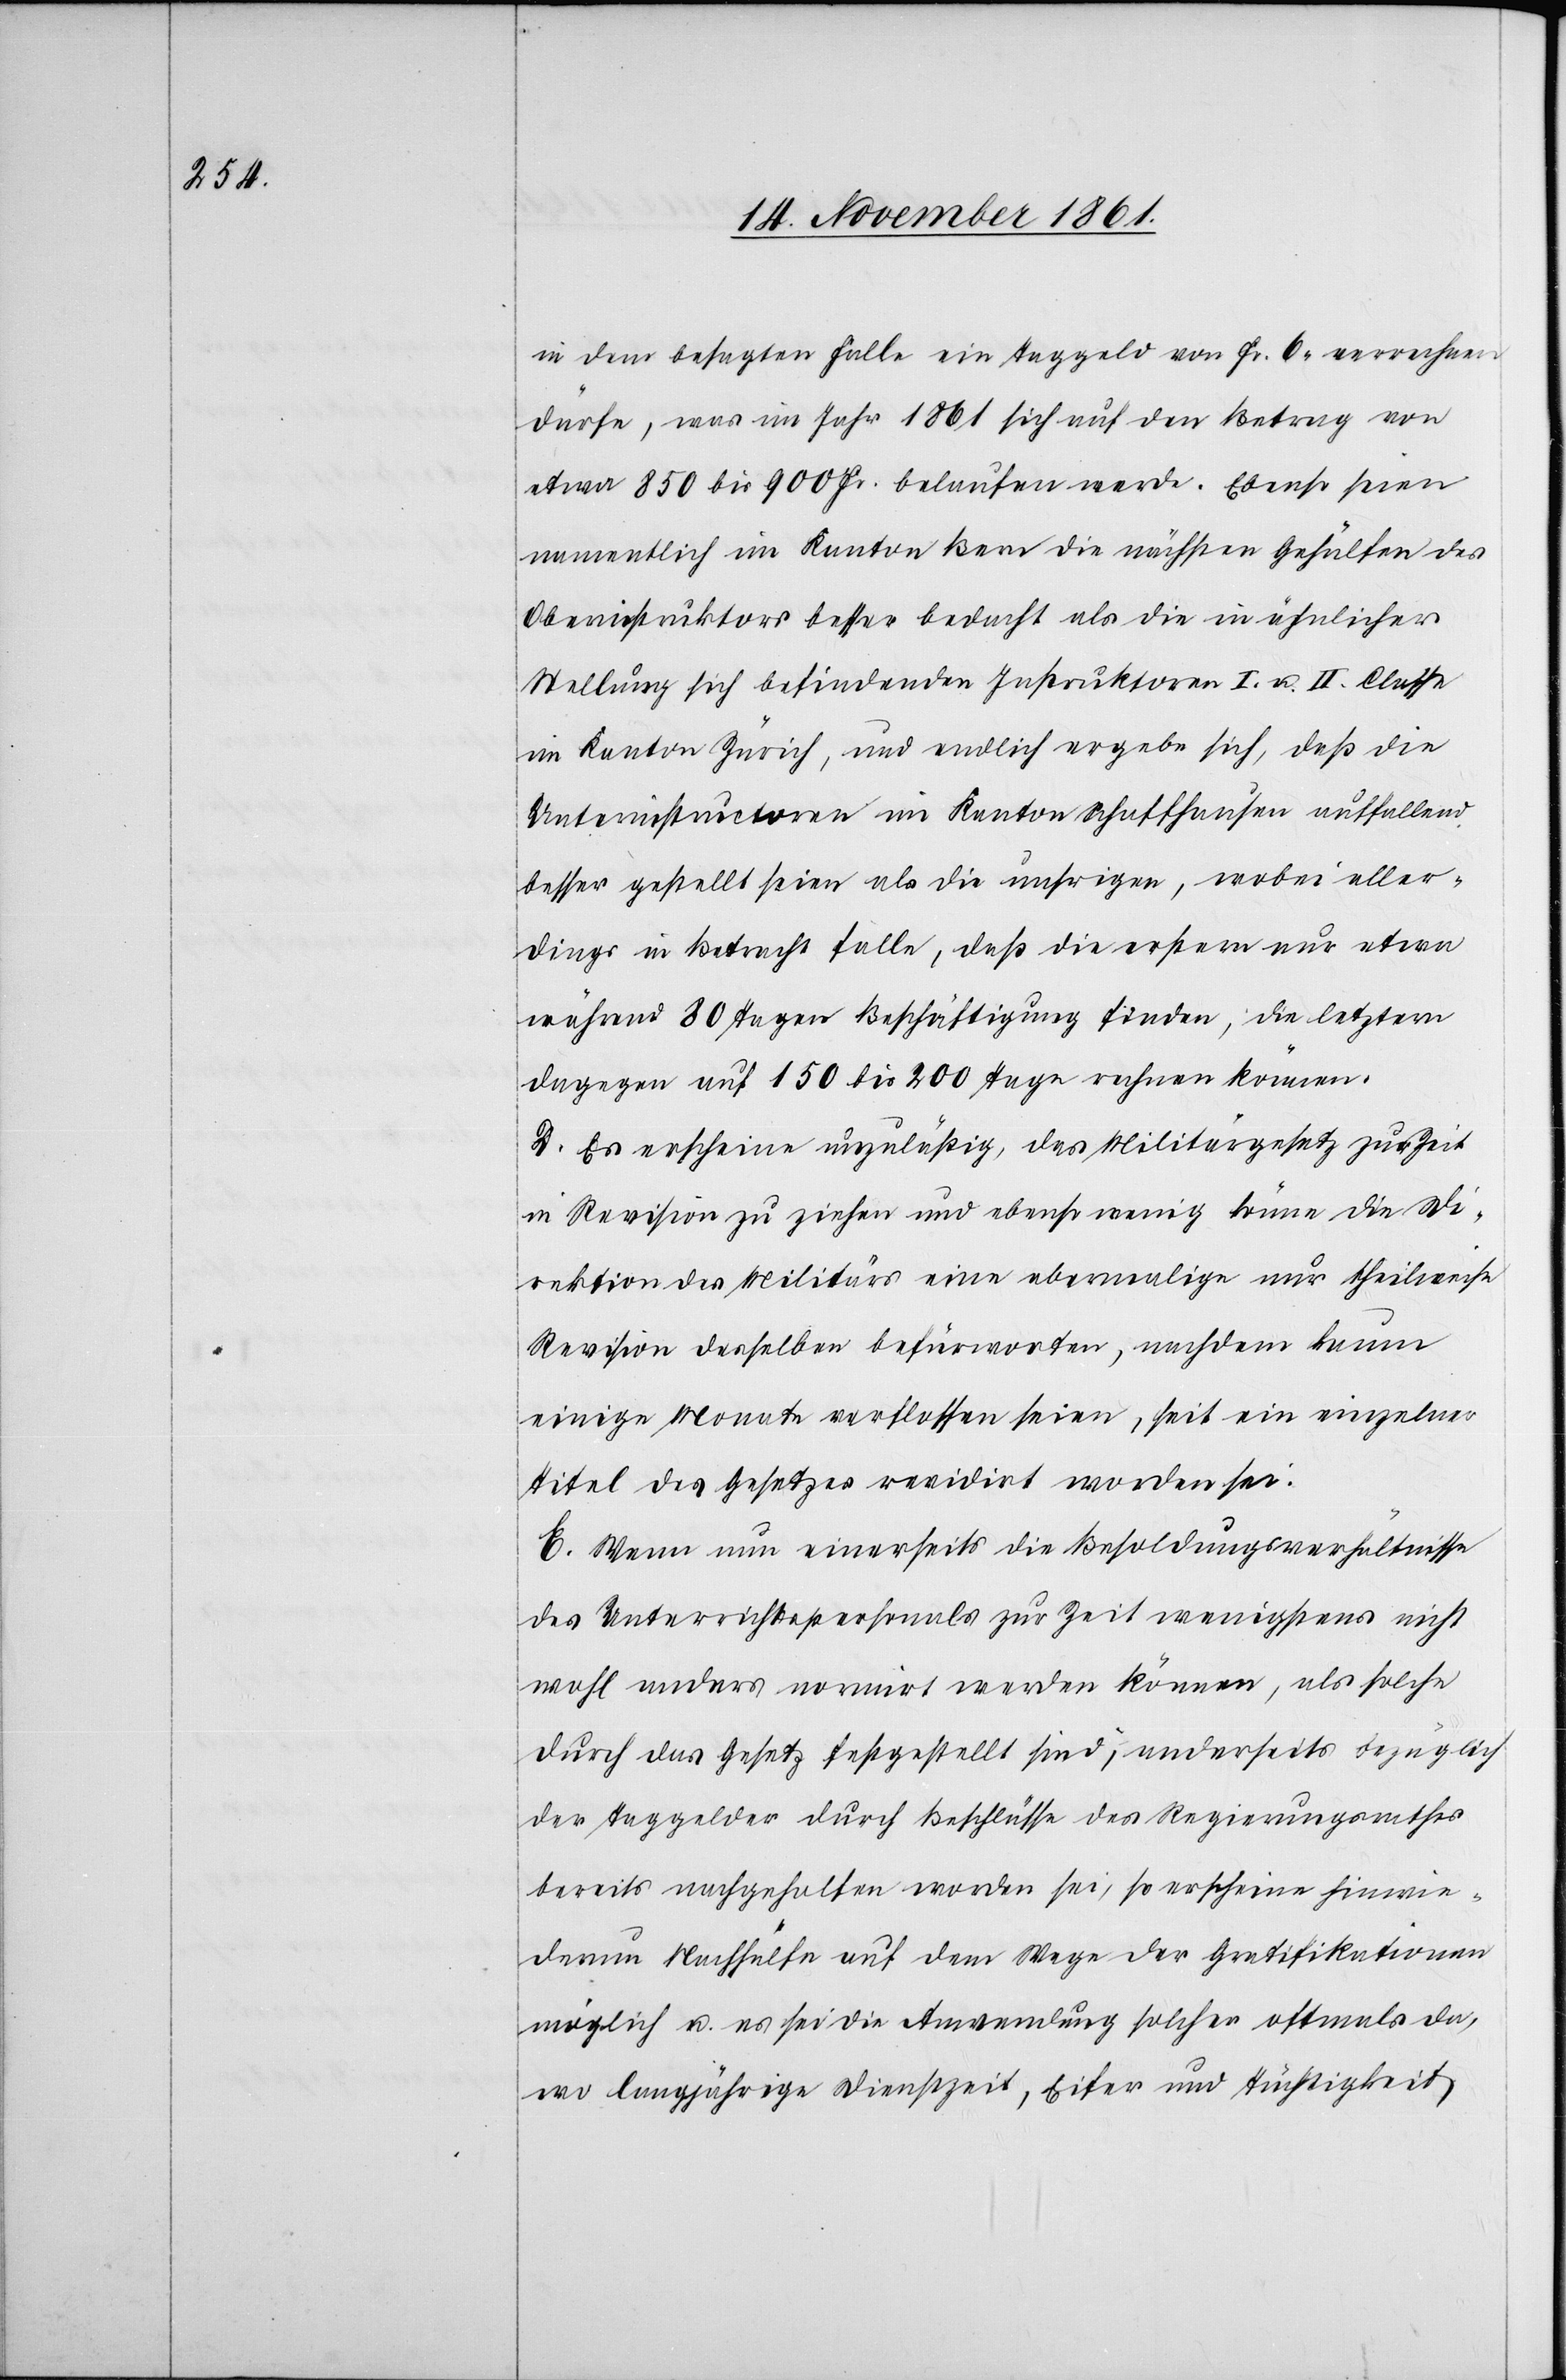
in dem besagten Falle ein Taggeld von Fr. 6 verrechnen
dürfe, was im Jahr 1861 sich auf den Betrag von
etwa 850 bis 900 Fr. belaufen werde. Ebenso seien
namentlich im Kanton Bern die nächsten Gehülfen des
Oberinstruktors besser bedacht als die in ähnlicher
Stellung sich befindenden Instruktoren I. u. II. Classe
im Kanton Zürich, und endlich ergebe sich, daß die
Unterinstructoren im Kanton Schaffhausen auffallend
besser gestellt seien als die unsrigen, wobei aller¬
dings in Betracht falle, daß die erstern nur etwa
während 80 Tagen Beschäftigung finden, die letztern
dagegen auf 150 bis 200 Tage rechnen können.
D. Es erscheine unzuläßig, das Militärgesetz zur Zeit
in Revision zu ziehen und ebenso wenig könne die Di¬
rektion des Militärs eine abermalige nur theilweise
Revision desselben befürworten, nachdem kaum
einige Monate verflossen seien, seit ein einzelner
Titel des Gesetzes revidirt worden sei.
E. Wenn nun einerseits die Besoldungsverhältnisse
des Unterrichtspersonales zur Zeit wenigstens nicht
wohl anders normirt werden können, als solche
durch das Gesetz festgestellt sind, anderseits bezüglich
der Taggelder durch Beschlüsse des Regierungsrathes
bereits nachgeholfen worden sei, so erscheine hinwie¬
derum Nachhülfe auf dem Wege der Gratifikation
möglich u. es sei die Anwendung solcher oftmals da,
wo langjährige Dienstzeit, Eifer und Tüchtigkeit